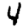
Digit: 4